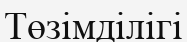
Төзімділігі